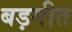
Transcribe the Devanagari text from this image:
बड़गीत